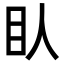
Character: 𥃱